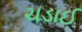
ચડાઈ